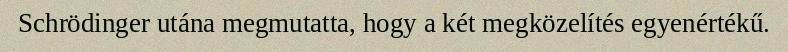
Schrödinger utána megmutatta, hogy a két megközelítés egyenértékű.